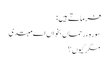
فرماتے ہیں :
سورہ ء رحماں بخواں اے مبتدی
مگر کیوں ؟